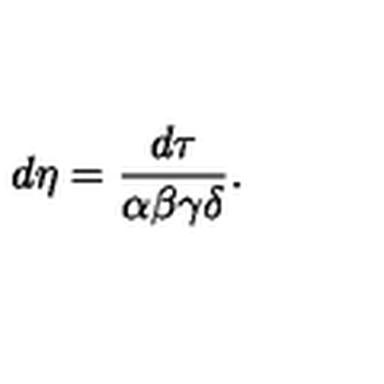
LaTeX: d \eta = \frac { d \tau } { \alpha \beta \gamma \delta } .